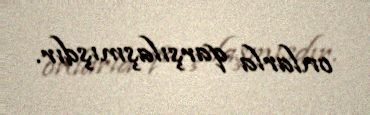
onlarla qarşılaşmışdır.